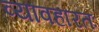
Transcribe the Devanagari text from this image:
व्यावहारतः